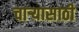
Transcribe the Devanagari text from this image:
चाऱ्यासाठी